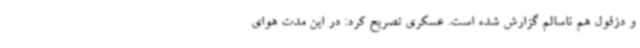
و دزفول هم ناسالم گزارش شده است. عسکری تصریح کرد: در این مدت هوای